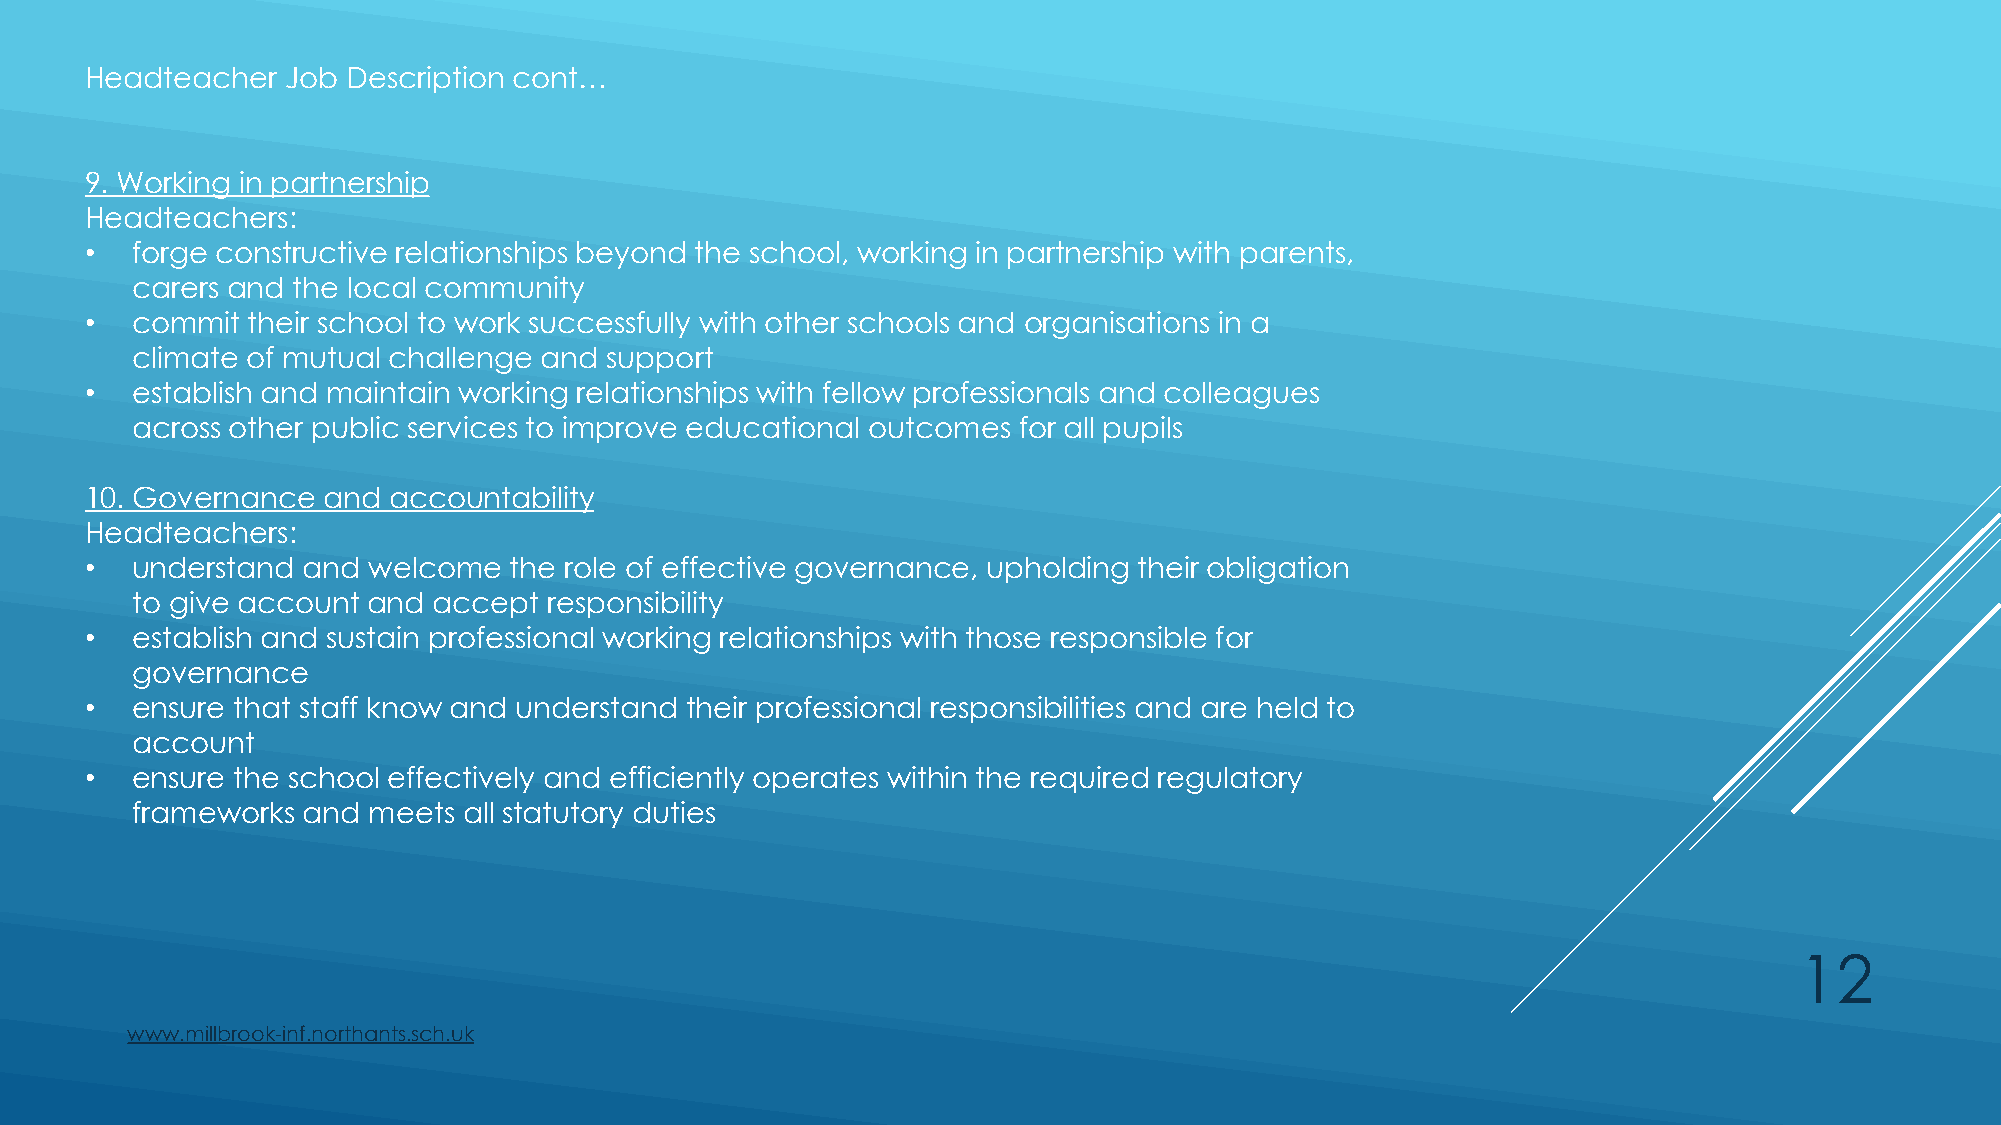
Headteacher  Job Description cont…
 9. Working in partnership
 Headteachers:
 •  forge constructive relationships beyond the school, working in partnership with parents,
 carers and the local community
 •  commit their school to work successfully with other schools and organisations in a
 climate of mutual challenge and support
 •  establish and maintain working relationships with fellow professionals and colleagues
 across other public services to improve educational outcomes for all pupils
 10. Governance and  accountability
 Headteachers:
 •  understand and welcome   the role of effective governance, upholding their obligation
 to give account and accept responsibility
 •  establish and sustain professional working relationships with those responsible for
 governance
 •  ensure that staff know and understand their professional responsibilities and are held to
 account
 •  ensure the school effectively and efficiently operates within the required regulatory
 frameworks and meets  all statutory duties
 12
 www.millbrook-inf.northants.sch.uk